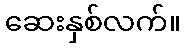
ဆေးနှစ်လက်။